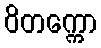
ဝိတက္ကော